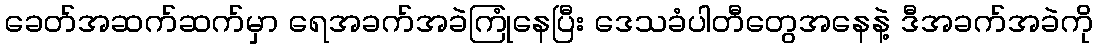
ခေတ်အဆက်ဆက်မှာ ရေအခက်အခဲကြုံနေပြီး ဒေသခံပါတီတွေအနေနဲ့ ဒီအခက်အခဲကို